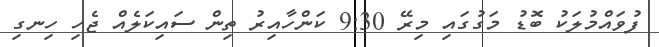
ފުވައްމުލަކު ބޮޑު މަގުގައި މިރޭ 9:30 ކަންހާއިރު ތިން ސައިކަލެއް ޖެހި ހިނގި